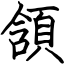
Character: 頷